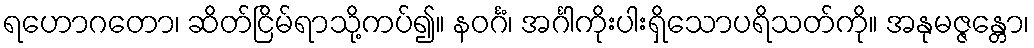
ရဟောဂတော၊ ဆိတ်ငြိမ်ရာသို့ကပ်၍။ နဝင်္ဂံ၊ အင်္ဂါကိုးပါးရှိသောပရိသတ်ကို။ အနုမဇ္ဇန္တော၊